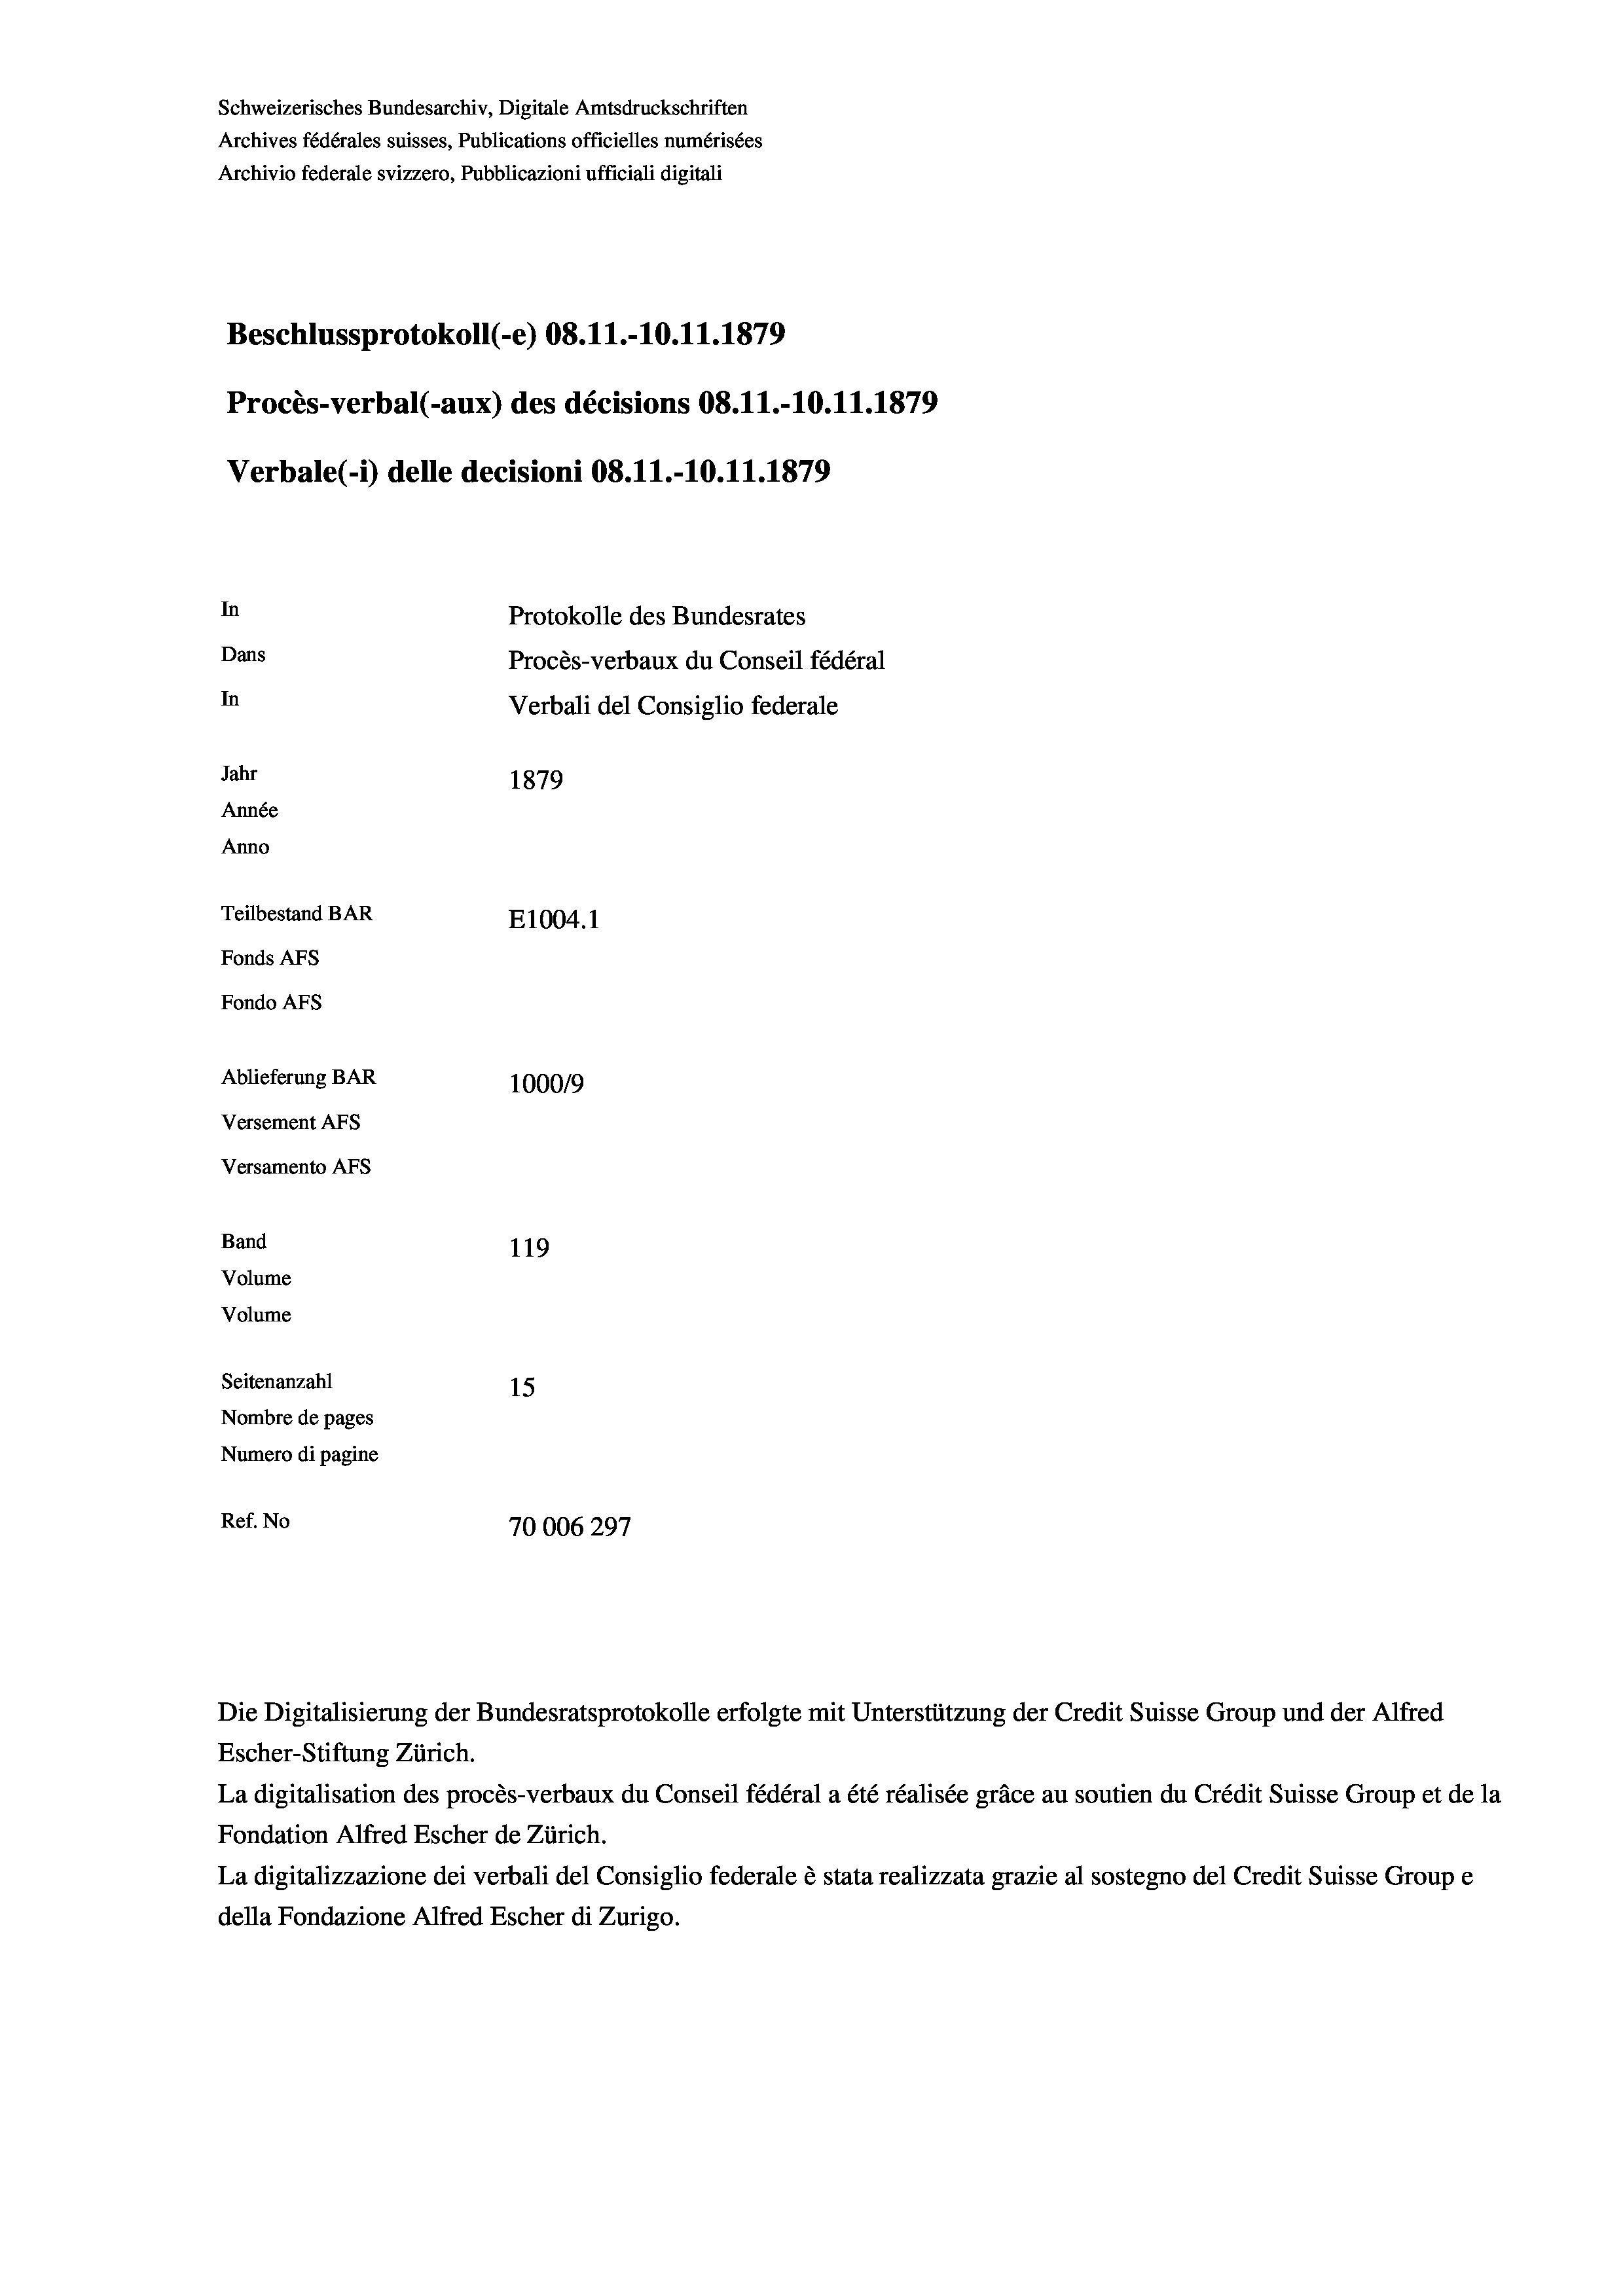
Schweizerisches Bundesarchiv, Digitale Amtsdruckschriften
Archives fédérales suisses, Publications officielles numérisées
Archivio federale svizzero, Pubblicazioni ufficiali digitali
Beschlussprotokoll (-e) 08.11.-10.11.1879
Procès-verbal (-aux) des décisions 08.11.-10.11.1879
Verbale (1) delle decisioni 08.11.-10.11.1879
In
Protokolle des Bundesrates
Dans
Procès-verbaux du Conseil fédéral
In
Verbali del Consiglio federale
Jahr
1879
Année
Anno
Teilbestand BAR
E1004. 1
Fonds AFs
Fondo Afs
Ablieferung BAR
100019
Versement AFs
Versamento Afs
Band
119
Volume
Volume

Seitenanzahl
15
Nombre de pages
Numero di pagine
Ref. No
70006297

Escher-Stiftung Zürich.
La digitalisation des procès-verbaux du Conseil fédéral a été réalisée gräce au soutien du Crédit Suisse Group et de la
Fondation Alfred Escher de Zürich.
La digitalizzazione dei verbali del Consiglio federale è stata realizzata grazie al sostegno del Credit Suisse Groupe
della Fondazione Alfred Escher di Zurigo.

Die Digitalisierung der Bundesratsprotokolle erfolgte mit Unterstützung der Credit Suisse Group und der Alfred